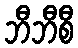
ဘီဘီစီ